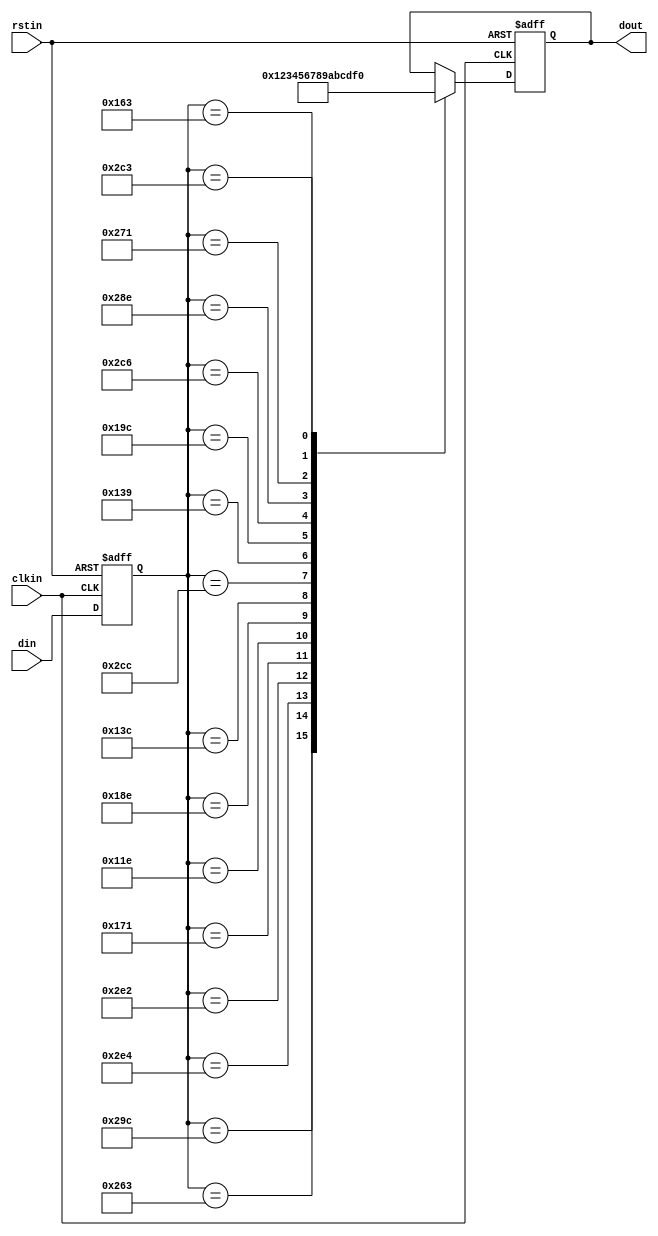
//////////////////////////////////////////////////////////////////////////////
// Copyright (c) 2011, Andrew "bunnie" Huang
// All rights reserved.
//
// Redistribution and use in source and binary forms, with or without modification, 
// are permitted provided that the following conditions are met:
//
//  * Redistributions of source code must retain the above copyright notice, 
//    this list of conditions and the following disclaimer.
//  * Redistributions in binary form must reproduce the above copyright notice, 
//    this list of conditions and the following disclaimer in the documentation and/or 
//    other materials provided with the distribution.
//
//    THIS SOFTWARE IS PROVIDED BY THE COPYRIGHT HOLDERS AND CONTRIBUTORS "AS IS" AND ANY 
//    EXPRESS OR IMPLIED WARRANTIES, INCLUDING, BUT NOT LIMITED TO, THE IMPLIED WARRANTIES 
//    OF MERCHANTABILITY AND FITNESS FOR A PARTICULAR PURPOSE ARE DISCLAIMED. IN NO EVENT 
//    SHALL THE COPYRIGHT HOLDER OR CONTRIBUTORS BE LIABLE FOR ANY DIRECT, INDIRECT, 
//    INCIDENTAL, SPECIAL, EXEMPLARY, OR CONSEQUENTIAL DAMAGES (INCLUDING, BUT NOT 
//    LIMITED TO, PROCUREMENT OF SUBSTITUTE GOODS OR SERVICES; LOSS OF USE, DATA, OR 
//    PROFITS; OR BUSINESS INTERRUPTION) HOWEVER CAUSED AND ON ANY THEORY OF LIABILITY, 
//    WHETHER IN CONTRACT, STRICT LIABILITY, OR TORT (INCLUDING NEGLIGENCE OR OTHERWISE) 
//    ARISING IN ANY WAY OUT OF THE USE OF THIS SOFTWARE, EVEN IF ADVISED OF THE 
//    POSSIBILITY OF SUCH DAMAGE.
//
//////////////////////////////////////////////////////////////////////////////

`timescale 1 ps / 1ps

module decode_terc4 (
  input            clkin,    // pixel clock input
  input            rstin,    // async. reset input (active high)
  input      [9:0] din,      // data inputs: expect registered
  output reg [3:0] dout      // data outputs
);
   reg [9:0] 	   din_r;
   
   always @(posedge clkin or posedge rstin) begin
      if( rstin ) begin
	 dout[3:0] <= 4'h0;
	 din_r <= 10'b0;
      end else begin
	 din_r <= din;
	 case (din_r[9:0])
	   10'b1010011100: dout[3:0] <= 4'b0000;
	   10'b1001100011: dout[3:0] <= 4'b0001;
	   10'b1011100100: dout[3:0] <= 4'b0010;
	   10'b1011100010: dout[3:0] <= 4'b0011;
	   10'b0101110001: dout[3:0] <= 4'b0100;
	   10'b0100011110: dout[3:0] <= 4'b0101;
	   10'b0110001110: dout[3:0] <= 4'b0110;
	   10'b0100111100: dout[3:0] <= 4'b0111;
	   10'b1011001100: dout[3:0] <= 4'b1000;
	   10'b0100111001: dout[3:0] <= 4'b1001;
	   10'b0110011100: dout[3:0] <= 4'b1010;
	   10'b1011000110: dout[3:0] <= 4'b1011;
	   10'b1010001110: dout[3:0] <= 4'b1100;
	   10'b1001110001: dout[3:0] <= 4'b1101;
	   10'b0101100011: dout[3:0] <= 4'b1110;
	   10'b1011000011: dout[3:0] <= 4'b1111;
	   // no default to allow for maximum coding flexibility...
	 endcase // case (din_q)
      end // else: !if( rstin )
   end // always @ (posedge clkin or posedge rstin)

endmodule // decode_terc4